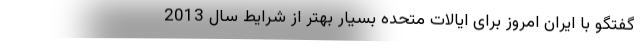
گفتگو با ایران امروز برای ایالات متحده بسیار بهتر از شرایط سال 2013